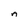
Character: A